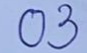
03